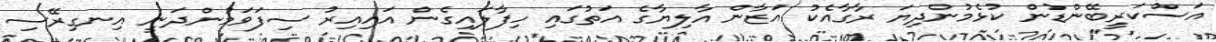
އަސްކަރީބޭންޑުން ކުޅެމުންދިޔަ ރާގާއެކު އަޒާން އާލިޔާގެ އަތުގައި ހިފާލައިގެން އައިއިރު ސިފަވަމުންދަނީ އިނގިރޭސި